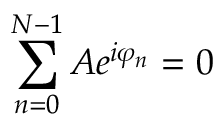
\sum _ { n = 0 } ^ { N - 1 } A e ^ { i \varphi _ { n } } = 0